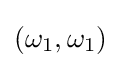
(\omega _{1},\omega _{1})